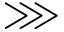
\ggg